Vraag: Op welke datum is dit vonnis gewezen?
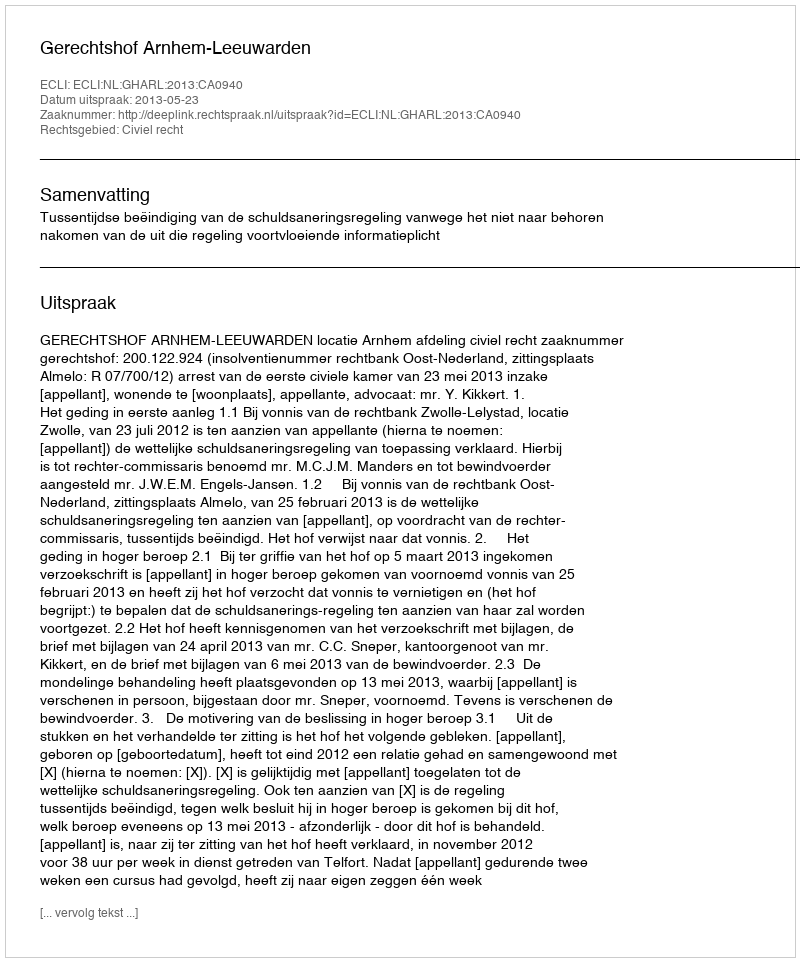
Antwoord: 2013-05-23